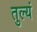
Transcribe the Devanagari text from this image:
तुल्यं